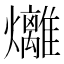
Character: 𪺇